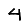
Digit: 4